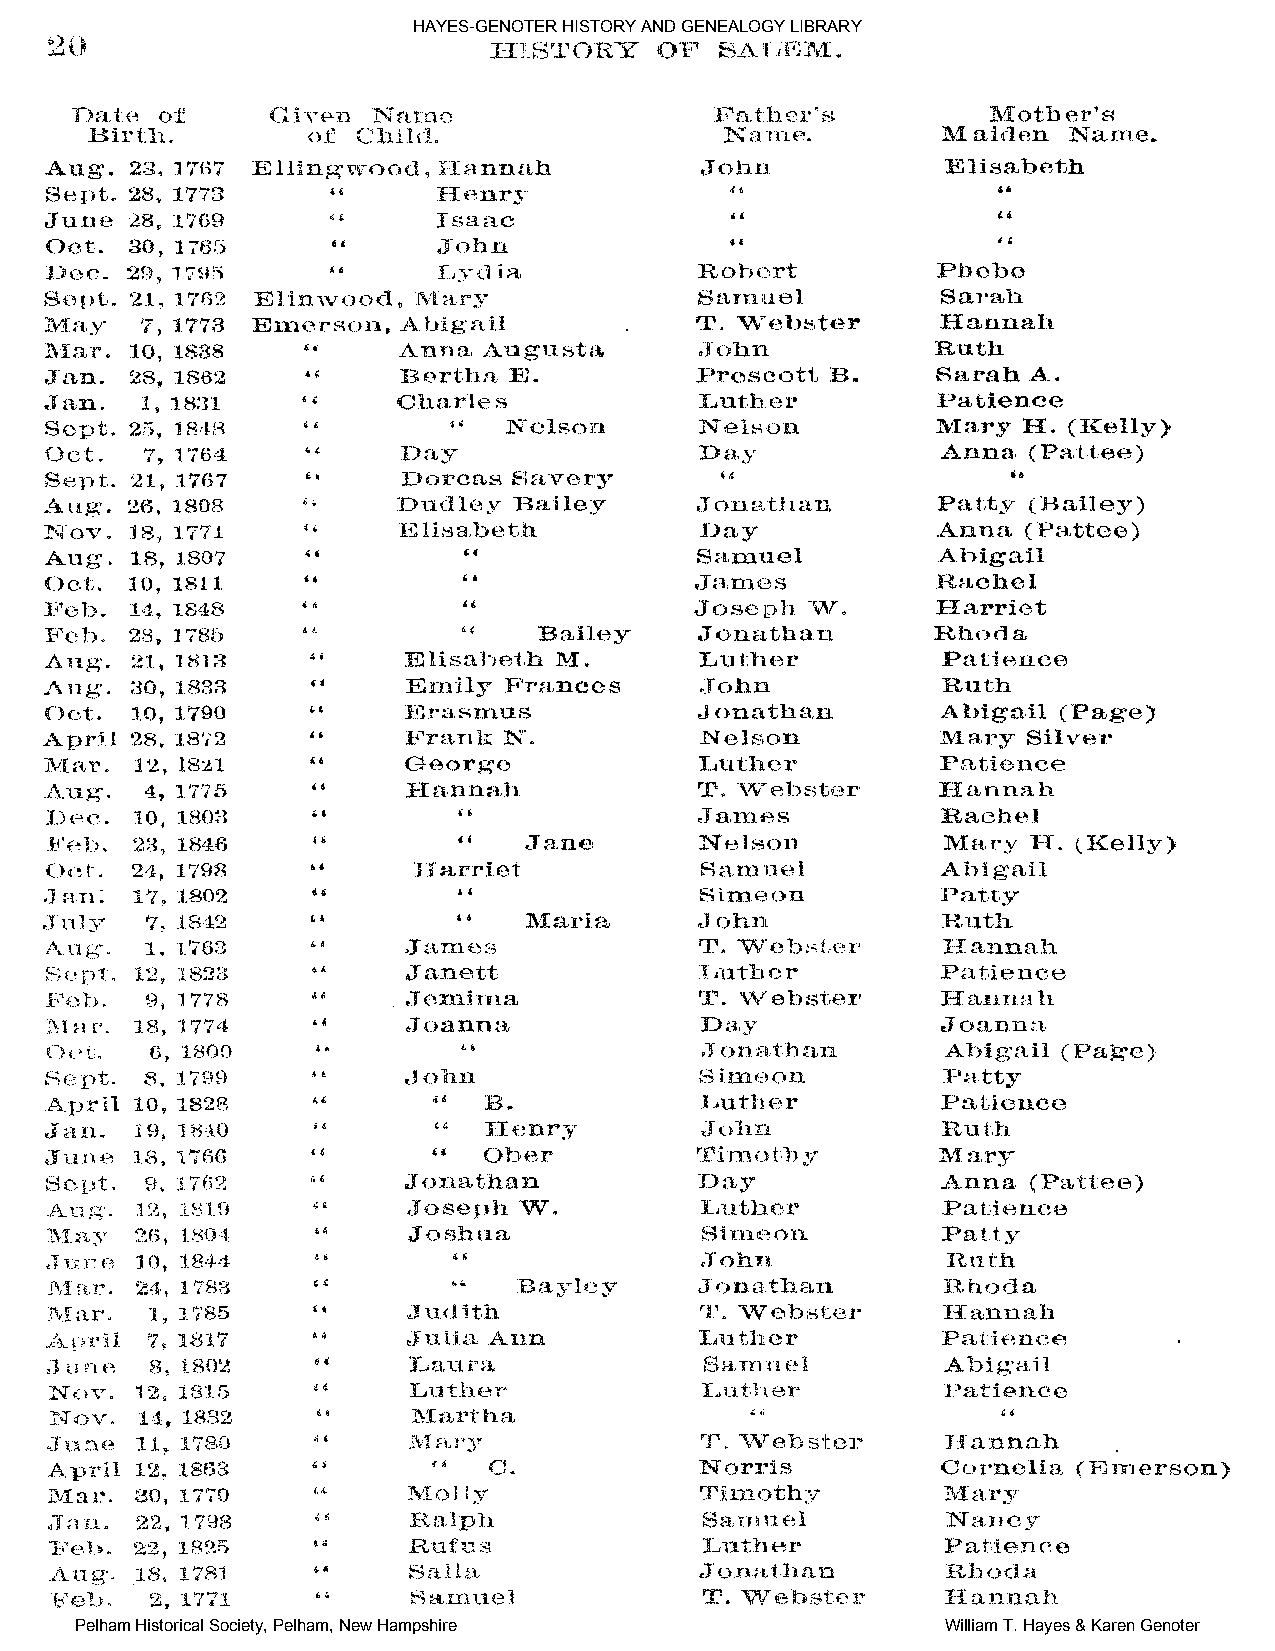
HAYES-GENOTER HISTORY AND GENEALOGY LIBRARY
 Pelham Historical Society, Pelham, New Hampshire          William T. Hayes & Karen Genoter